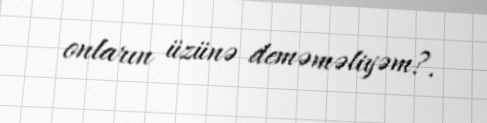
onların üzünə deməməliyəm?.